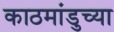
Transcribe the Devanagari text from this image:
काठमांडुच्या